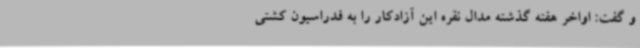
و گفت: اواخر هفته گذشته مدال نقره این آزادکار را به فدراسیون کشتی